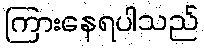
ကြားနေရပါသည်